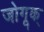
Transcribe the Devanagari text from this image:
जोगूक्